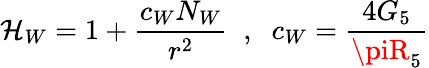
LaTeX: \mathcal{H}_{W}=1+\frac{{c_{W}N_{W}}}{{r^{2}}}\; \; ,\; \; c_{W}=\frac{{4G_{5}}}{{\piR_{5}}}